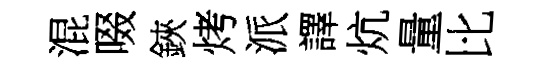
混啜鋏烤派譯炕量比